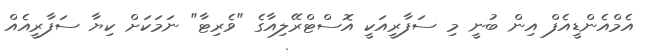
އެމްއެންޑީއެފް އިން ބުނީ މި ސަފާރީއަކީ އޮސްޓްރޭލިއާގެ "ވެރިޓާ" ނަަމަކަށް ކިޔާ ސަފާރީއެއް